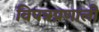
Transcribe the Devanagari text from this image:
विपत्रप्रणाली